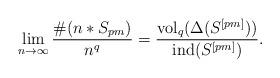
LaTeX: \begin{align*}\lim_{n\rightarrow \infty}\frac{\#(n*S_{pm})}{n^q}=\frac{{\rm vol}_q(\Delta(S^{[pm]}))}{{\rm ind}(S^{[pm]})}.\end{align*}